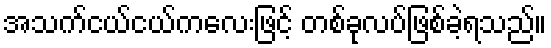
အသက်ငယ်ငယ်ကလေးဖြင့် တစ်ခုလပ်ဖြစ်ခဲ့ရသည်။